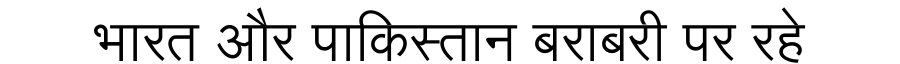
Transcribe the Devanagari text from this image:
भारत और पाकिस्तान बराबरी पर रहे